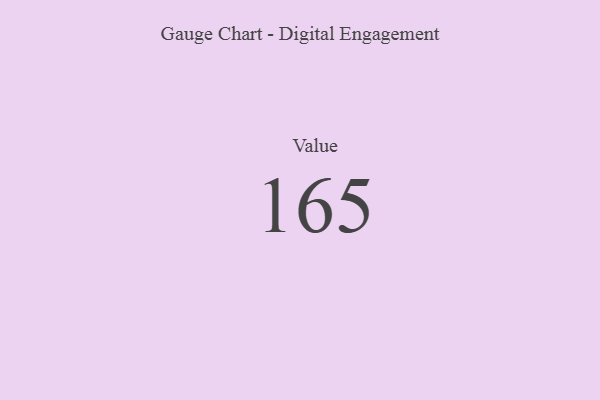
{"axis": {"x": "Metric", "y": "Value"}, "legend": [""], "data": [{"x": "Value", "y": 165, "type": ""}]}